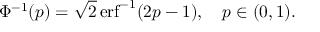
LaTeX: \Phi ^ { - 1 } ( p ) = { \sqrt { 2 } } \operatorname { e r f } ^ { - 1 } ( 2 p - 1 ) , \quad p \in ( 0 , 1 ) .